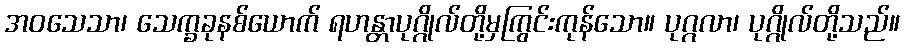
အဝသေသာ၊ သေက္ခခုနစ်ယောက် ရဟန္တာပုဂ္ဂိုလ်တို့မှကြွင်းကုန်သော။ ပုဂ္ဂလာ၊ ပုဂ္ဂိုလ်တို့သည်။